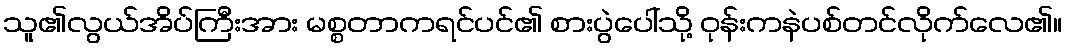
သူ၏လွယ်အိပ်ကြီးအား မစ္စတာကရင်ပင်၏ စားပွဲပေါ်သို့ ဝုန်းကနဲပစ်တင်လိုက်လေ၏။